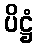
ပိဋ္ဌံ